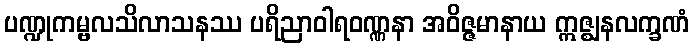
ပဏ္ဍုကမ္ဗလသိလာသနဿ ပရိညာဝါရဝဏ္ဏနာ အဝိဇ္ဇမာနာယ ဣဇ္ဈနလက္ခဏံ